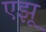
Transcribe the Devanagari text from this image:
एझू